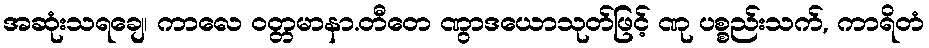
အဆုံးသရချေ၊ ကာလေ ဝတ္တမာနာ.တီတေ ဏွာဒယောသုတ်ဖြင့် ဏု ပစ္စည်းသက်, ကာရိတံ